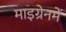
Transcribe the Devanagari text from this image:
माइग्रेनमें